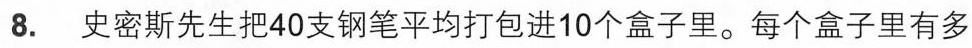
8.史密斯先生把40支钢笔平均打包进10个盒子里。每个盒子里有多